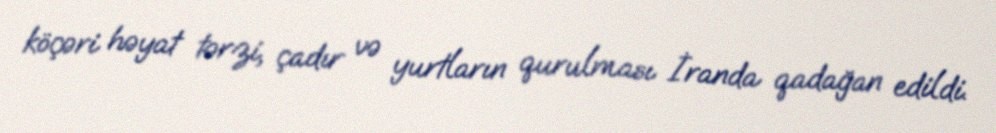
köçəri həyat tərzi, çadır və yurtların qurulması İranda qadağan edildi.